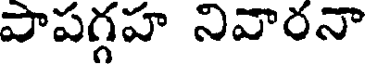
పాపగ్గహ నివారనా